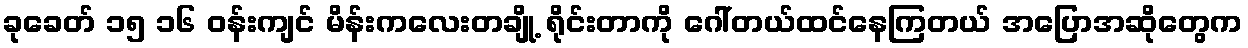
ခုခေတ် ၁၅ ၁၆ ဝန်းကျင် မိန်းကလေးတချို့ ရိုင်းတာကို ဂေါ်တယ်ထင်နေကြတယ် အပြောအဆိုတွေက